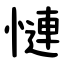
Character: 慩